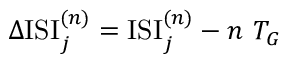
\Delta \mathrm { I S I } _ { j } ^ { ( n ) } = \mathrm { I S I } _ { j } ^ { ( n ) } - n ~ T _ { G }